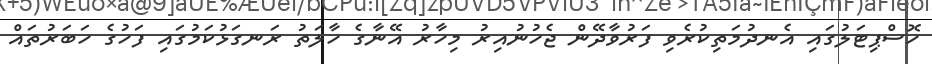
ހޮސްޕިޓަލުގައި އެނދުމަތިކުރެވި ފަރުވާދޭން ޖެހުނުއިރު މިހާރު އޭނާގެ ހާލަތު ރަނގަޅުކަމުގައި ފަހުގެ ހަބަރުތައް